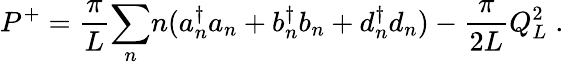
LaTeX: P^{+}={\frac{\pi}{L}}{\sum_{n}}n(a{_n^{\dagger}}a_{n}+b{_n^{\dagger}}b_{n}+d{_n^{\dagger}}d_{n})-{\frac{\pi}{2L}}Q_{L}^{2}\; .